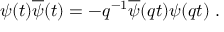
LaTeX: \psi ( t ) \overline { { { \psi } } } ( t ) = - q ^ { - 1 } \overline { { { \psi } } } ( q t ) \psi ( q t ) \; .